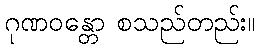
ဂုဏဝန္တော စသည်တည်း။